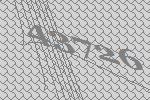
43726